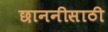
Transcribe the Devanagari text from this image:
छाननीसाठी